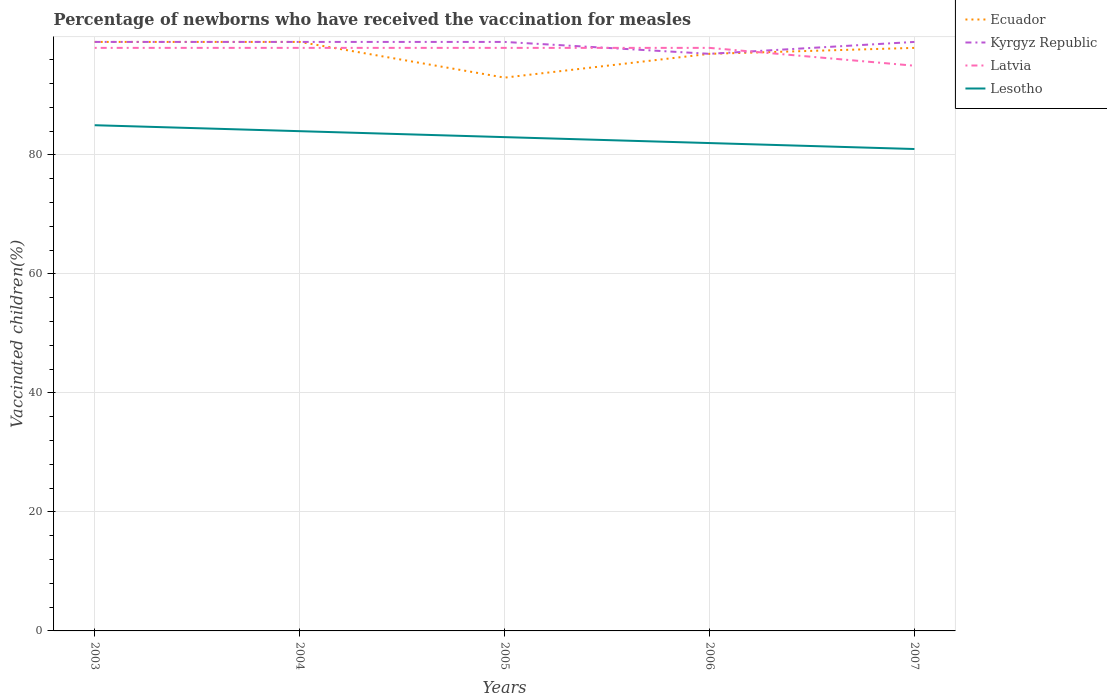
| Years | Ecuador | Kyrgyz Republic | Latvia | Lesotho |
 | --- | --- | --- | --- | --- |
 | 2003 | 99 | 99 | 98 | 85 |
 | 2004 | 99 | 99 | 98 | 84 |
 | 2005 | 93 | 99 | 98 | 83 |
 | 2006 | 97 | 97 | 98 | 82 |
 | 2007 | 98 | 99 | 95 | 81 |